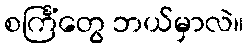
စင်္ကြံတွေ ဘယ်မှာလဲ။